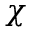
\chi